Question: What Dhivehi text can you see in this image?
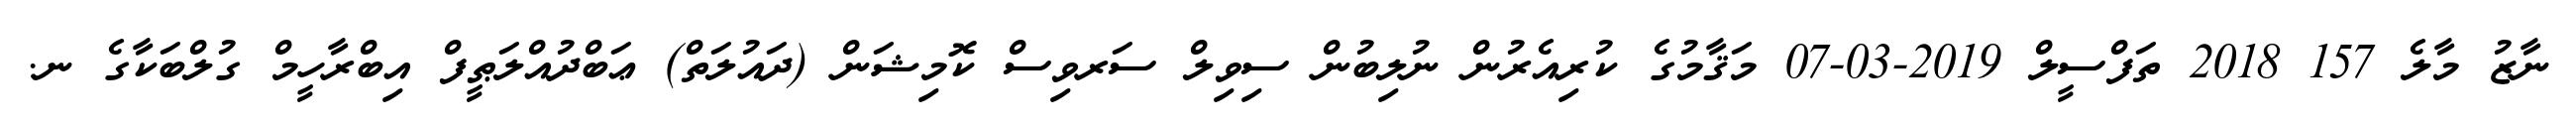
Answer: ނާޒު މާލެ 157 2018 ތަފްސީލް 2019-03-07 މަޤާމުގެ ކުރިއެރުން ނުލިބުން ސިވިލް ސަރވިސް ކޮމިޝަން (ދައުލަތް) ޢަބްދުއްލަޠީފް އިބްރާހީމް ގުލްބަކާގެ ނ.